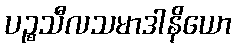
ပဉ္စသီလသမာဒါနိယော